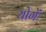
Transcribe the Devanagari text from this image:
योगें